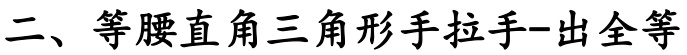
二、等腰直角三角形手拉手-出全等